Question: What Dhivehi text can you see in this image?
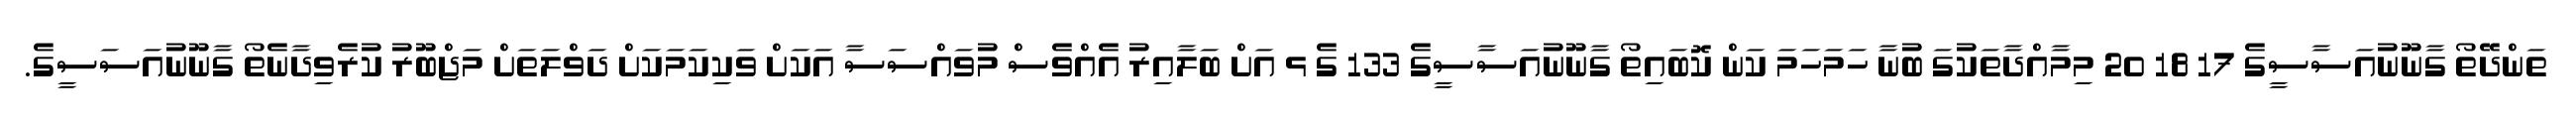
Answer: ތަންދޭތޯ ގާނޫނުއަސާސީގެ 17 18 20 މިމާއްދާތަކުގަ ބުނާ ހަމަހަމަ ކަން ކޮބައިތޯ ގާނޫނުއަސާސީގެ 133 ގެ ޅ އަށް ބަލާއިރު އެއްވެސް މުވައްސަސާ އަކަށް ވަކިކަމަކަށް ދަވްލަތަށް މަޖްބޫރު ކުރެވިދާނެތޯ ގާނޫނުއަސަސީގެ.